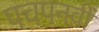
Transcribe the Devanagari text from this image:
पचपनवीं